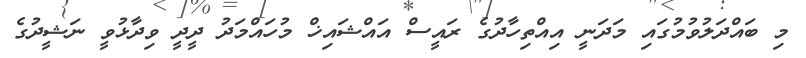
މި ބައްދަލުވުމުގައި މަދަނީ އިއްތިހާދުގެ ރައީސް އައްޝައިޚް މުހައްމަދު ދީދީ ވިދާޅުވީ ނަޝީދުގެ